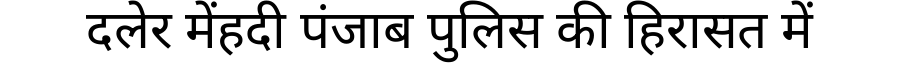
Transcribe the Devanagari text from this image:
दलेर मेंहदी पंजाब पुलिस की हिरासत में